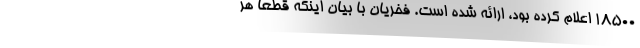
18500 اعلام کرده بود، ارائه شده است. فخریان با بیان اینکه قطعا هر